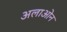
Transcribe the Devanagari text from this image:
अलाओन